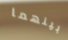
بينهما